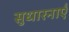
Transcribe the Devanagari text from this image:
सुधारनाएँ